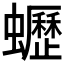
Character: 𧔝